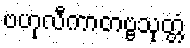
ဗဟုလီကာတဗ္ဗသုတ္တံ